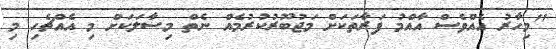
"މިހާރު އެއްވެސް އާއްމު ފަރާތަކަށް މަޖުބޫރުކުރުމެއް ނެތް މިސާލަކަށް މި އެއްޗެހި މި